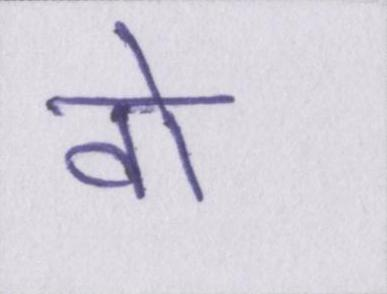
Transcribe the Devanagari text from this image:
वो